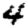
Digit: 4